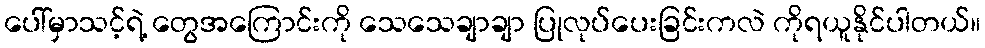
ပေါ်မှာသင့်ရဲ့ တွေအကြောင်းကို သေသေချာချာ ပြုလုပ်ပေးခြင်းကလဲ ကိုရယူနိုင်ပါတယ်။